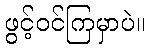
ဖွင့်ဝင်ကြမှာပဲ။